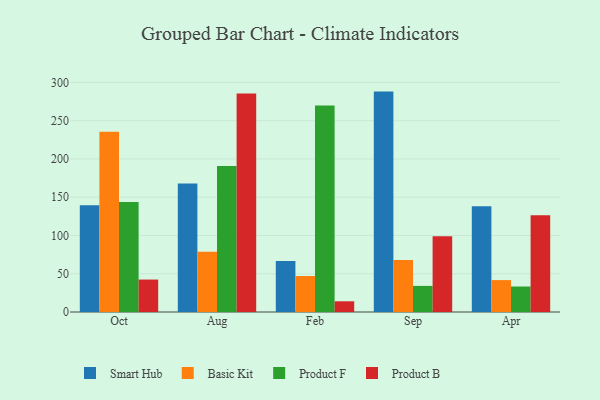
{"axis": {"x": "Month", "y": "Market Share (%)"}, "legend": ["Basic Kit", "Product B", "Product F", "Smart Hub"], "data": [{"x": "Oct", "y": 139.6, "type": "Smart Hub"}, {"x": "Oct", "y": 235.5, "type": "Basic Kit"}, {"x": "Oct", "y": 143.7, "type": "Product F"}, {"x": "Oct", "y": 42.4, "type": "Product B"}, {"x": "Aug", "y": 167.8, "type": "Smart Hub"}, {"x": "Aug", "y": 78.8, "type": "Basic Kit"}, {"x": "Aug", "y": 190.8, "type": "Product F"}, {"x": "Aug", "y": 285.6, "type": "Product B"}, {"x": "Feb", "y": 66.5, "type": "Smart Hub"}, {"x": "Feb", "y": 47.0, "type": "Basic Kit"}, {"x": "Feb", "y": 269.9, "type": "Product F"}, {"x": "Feb", "y": 14.0, "type": "Product B"}, {"x": "Sep", "y": 288.0, "type": "Smart Hub"}, {"x": "Sep", "y": 68.1, "type": "Basic Kit"}, {"x": "Sep", "y": 34.1, "type": "Product F"}, {"x": "Sep", "y": 98.9, "type": "Product B"}, {"x": "Apr", "y": 138.3, "type": "Smart Hub"}, {"x": "Apr", "y": 41.7, "type": "Basic Kit"}, {"x": "Apr", "y": 33.3, "type": "Product F"}, {"x": "Apr", "y": 126.4, "type": "Product B"}]}